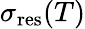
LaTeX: \sigma_{\mathrm{res}}(T)